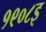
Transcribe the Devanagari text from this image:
१९०८इ